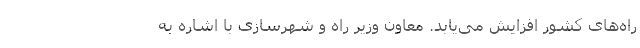
راه‌های کشور افزایش می‌یابد. معاون وزیر راه و شهرسازی با اشاره به